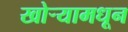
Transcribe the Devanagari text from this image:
खोर्‍यामधून